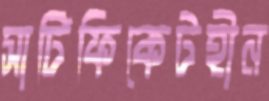
সার্টিফিকেটহীন